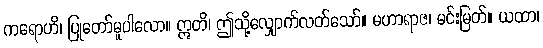
ကရောဟိ၊ ပြုတော်မူပါလော။ ဣတိ၊ ဤသို့လျှောက်လတ်သော်။ မဟာရာဇ၊ မင်းမြတ်။ ယထာ၊